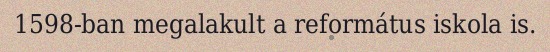
1598-ban megalakult a református iskola is.